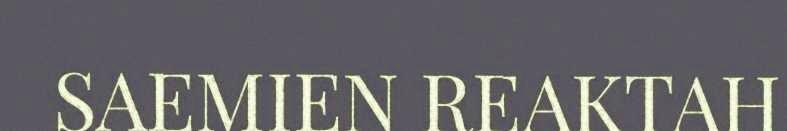
SAEMIEN REAKTAH